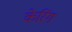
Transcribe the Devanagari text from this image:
केरिंग